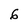
Character: 6